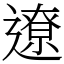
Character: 遼